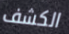
الكشف